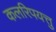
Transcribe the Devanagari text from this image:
कलरिपयत्तु